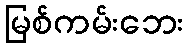
မြစ်ကမ်းဘေး